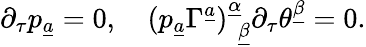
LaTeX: \partial_{\tau}p_{\underline{{a}}}=0,\quad(p_{\underline{{a}}}\Gamma^{\underline{{a}}})_{~~\underline{{\beta}}}^{\underline{{\alpha}}}\partial_{\tau}\theta^{\underline{{\beta}}}=0.